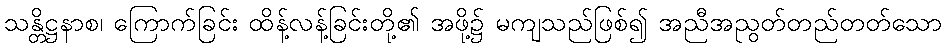
သန္တိဋ္ဌနာစ၊ ကြောက်ခြင်း ထိန့်လန့်ခြင်းတို့၏ အဖို့၌ မကျသည်ဖြစ်၍ အညီအညွတ်တည်တတ်သော